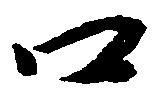
口